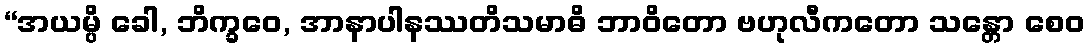
“အယမ္ပိ ခေါ, ဘိက္ခဝေ, အာနာပါနဿတိသမာဓိ ဘာဝိတော ဗဟုလီကတော သန္တော စေဝ